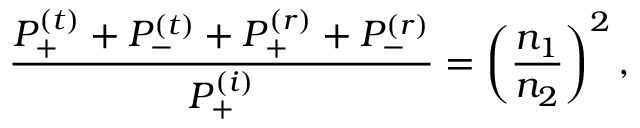
\frac { P _ { + } ^ { ( t ) } + P _ { - } ^ { ( t ) } + P _ { + } ^ { ( r ) } + P _ { - } ^ { ( r ) } } { P _ { + } ^ { ( i ) } } = \left( \frac { n _ { 1 } } { n _ { 2 } } \right) ^ { 2 } ,